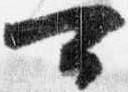
可